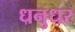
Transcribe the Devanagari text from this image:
धनुधर